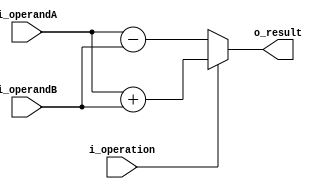
`timescale 1ns / 1ps

module AU
#(
    parameter NB_OPERAND    = 16    
)
(
    input   wire                        i_operation,
    input   wire [NB_OPERAND-1  :   0]  i_operandA,
    input   wire [NB_OPERAND-1  :   0]  i_operandB, 
    
    output  wire [NB_OPERAND-1  :   0]  o_result
);

    reg [NB_OPERAND-1 : 0] regResult;
    
    assign o_result = regResult;

    always @(*)
    begin
        if(i_operation)
            regResult <= i_operandA + i_operandB;
        else
            regResult <= i_operandA - i_operandB;
    end

endmodule